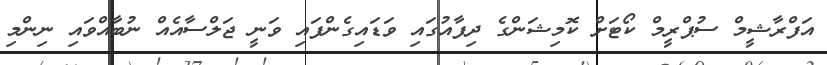
އަފްރާޝީމް ސުޕްރީމް ކޯޓަށް ކޮމިޝަންގެ ދިފާއުގައި ވަޑައިގެންފައި ވަނީ ޖަލްސާއެއް ނުބާއްވައި ނިންމި